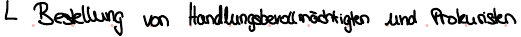
Bestellung von Handlungsbevollmächtigten und Prokuristen